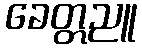
ခေတ္တညူ